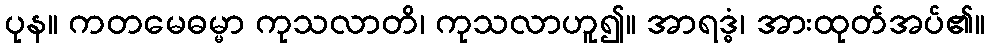
ပုန။ ကတမေဓမ္မာ ကုသလာတိ၊ ကုသလာဟူ၍။ အာရဒ္ဓံ၊ အားထုတ်အပ်၏။